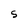
Character: S